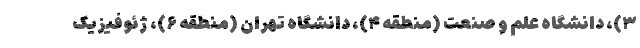
۳)، دانشگاه علم و صنعت (منطقه ۴)، دانشگاه تهران (منطقه ۶)، ژئوفیزیک